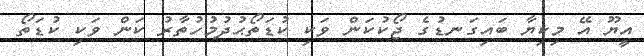
އީޔޫ އޭ މިކިޔާ ބައިގަނޑުގެ ޖޯކުކަން ވަކި ކުޑަތޯޙުދުމުހުތާރު ކަން ވަކި ކުޑަތޯ